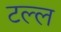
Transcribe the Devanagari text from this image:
टल्ल